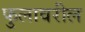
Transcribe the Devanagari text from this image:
फुलावरील